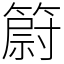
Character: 𥳀